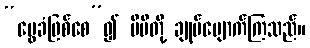
“မွေခံဖြစ်စေ”၍ မိမိတို့ ချုပ်ပျောက်ကြသည်။